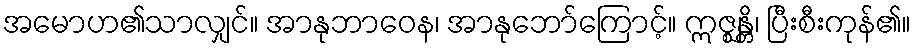
အမောဟ၏သာလျှင်။ အာနုဘာဝေန၊ အာနုဘော်ကြောင့်။ ဣဇ္ဈန္တိ၊ ပြီးစီးကုန်၏။